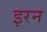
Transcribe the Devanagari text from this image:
इरन